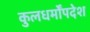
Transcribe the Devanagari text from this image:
कुलधर्मोंपदेश